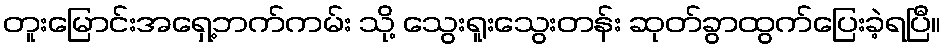
တူးမြောင်းအရှေ့ဘက်ကမ်း သို့ သွေးရူးသွေးတန်း ဆုတ်ခွာထွက်ပြေးခဲ့ရပြီ။